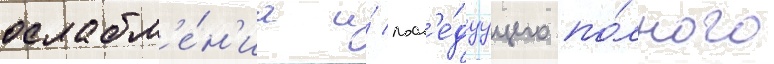
ослабл'е́н'иа и́ посл'е́дуущего по́лного